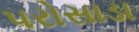
પરોસાડા